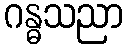
ဂန္ဓသညာ